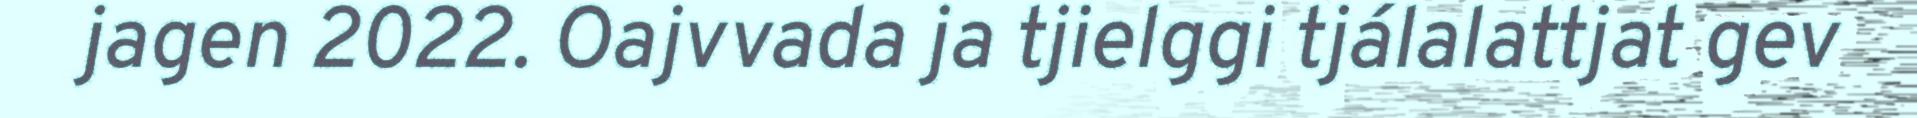
jagen 2022. Oajvvada ja tjielggi tjálalattjat gev